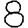
Digit: 8